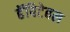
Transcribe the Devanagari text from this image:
हॅबिटेबल